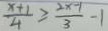
\frac { x + 1 } { 4 } \geq \frac { 2 x - 1 } { 3 } - 1